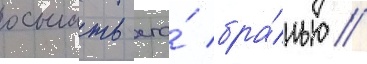
осыпать его́ бра́нью //